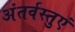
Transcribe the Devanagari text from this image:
अंतर्वस्तुएं